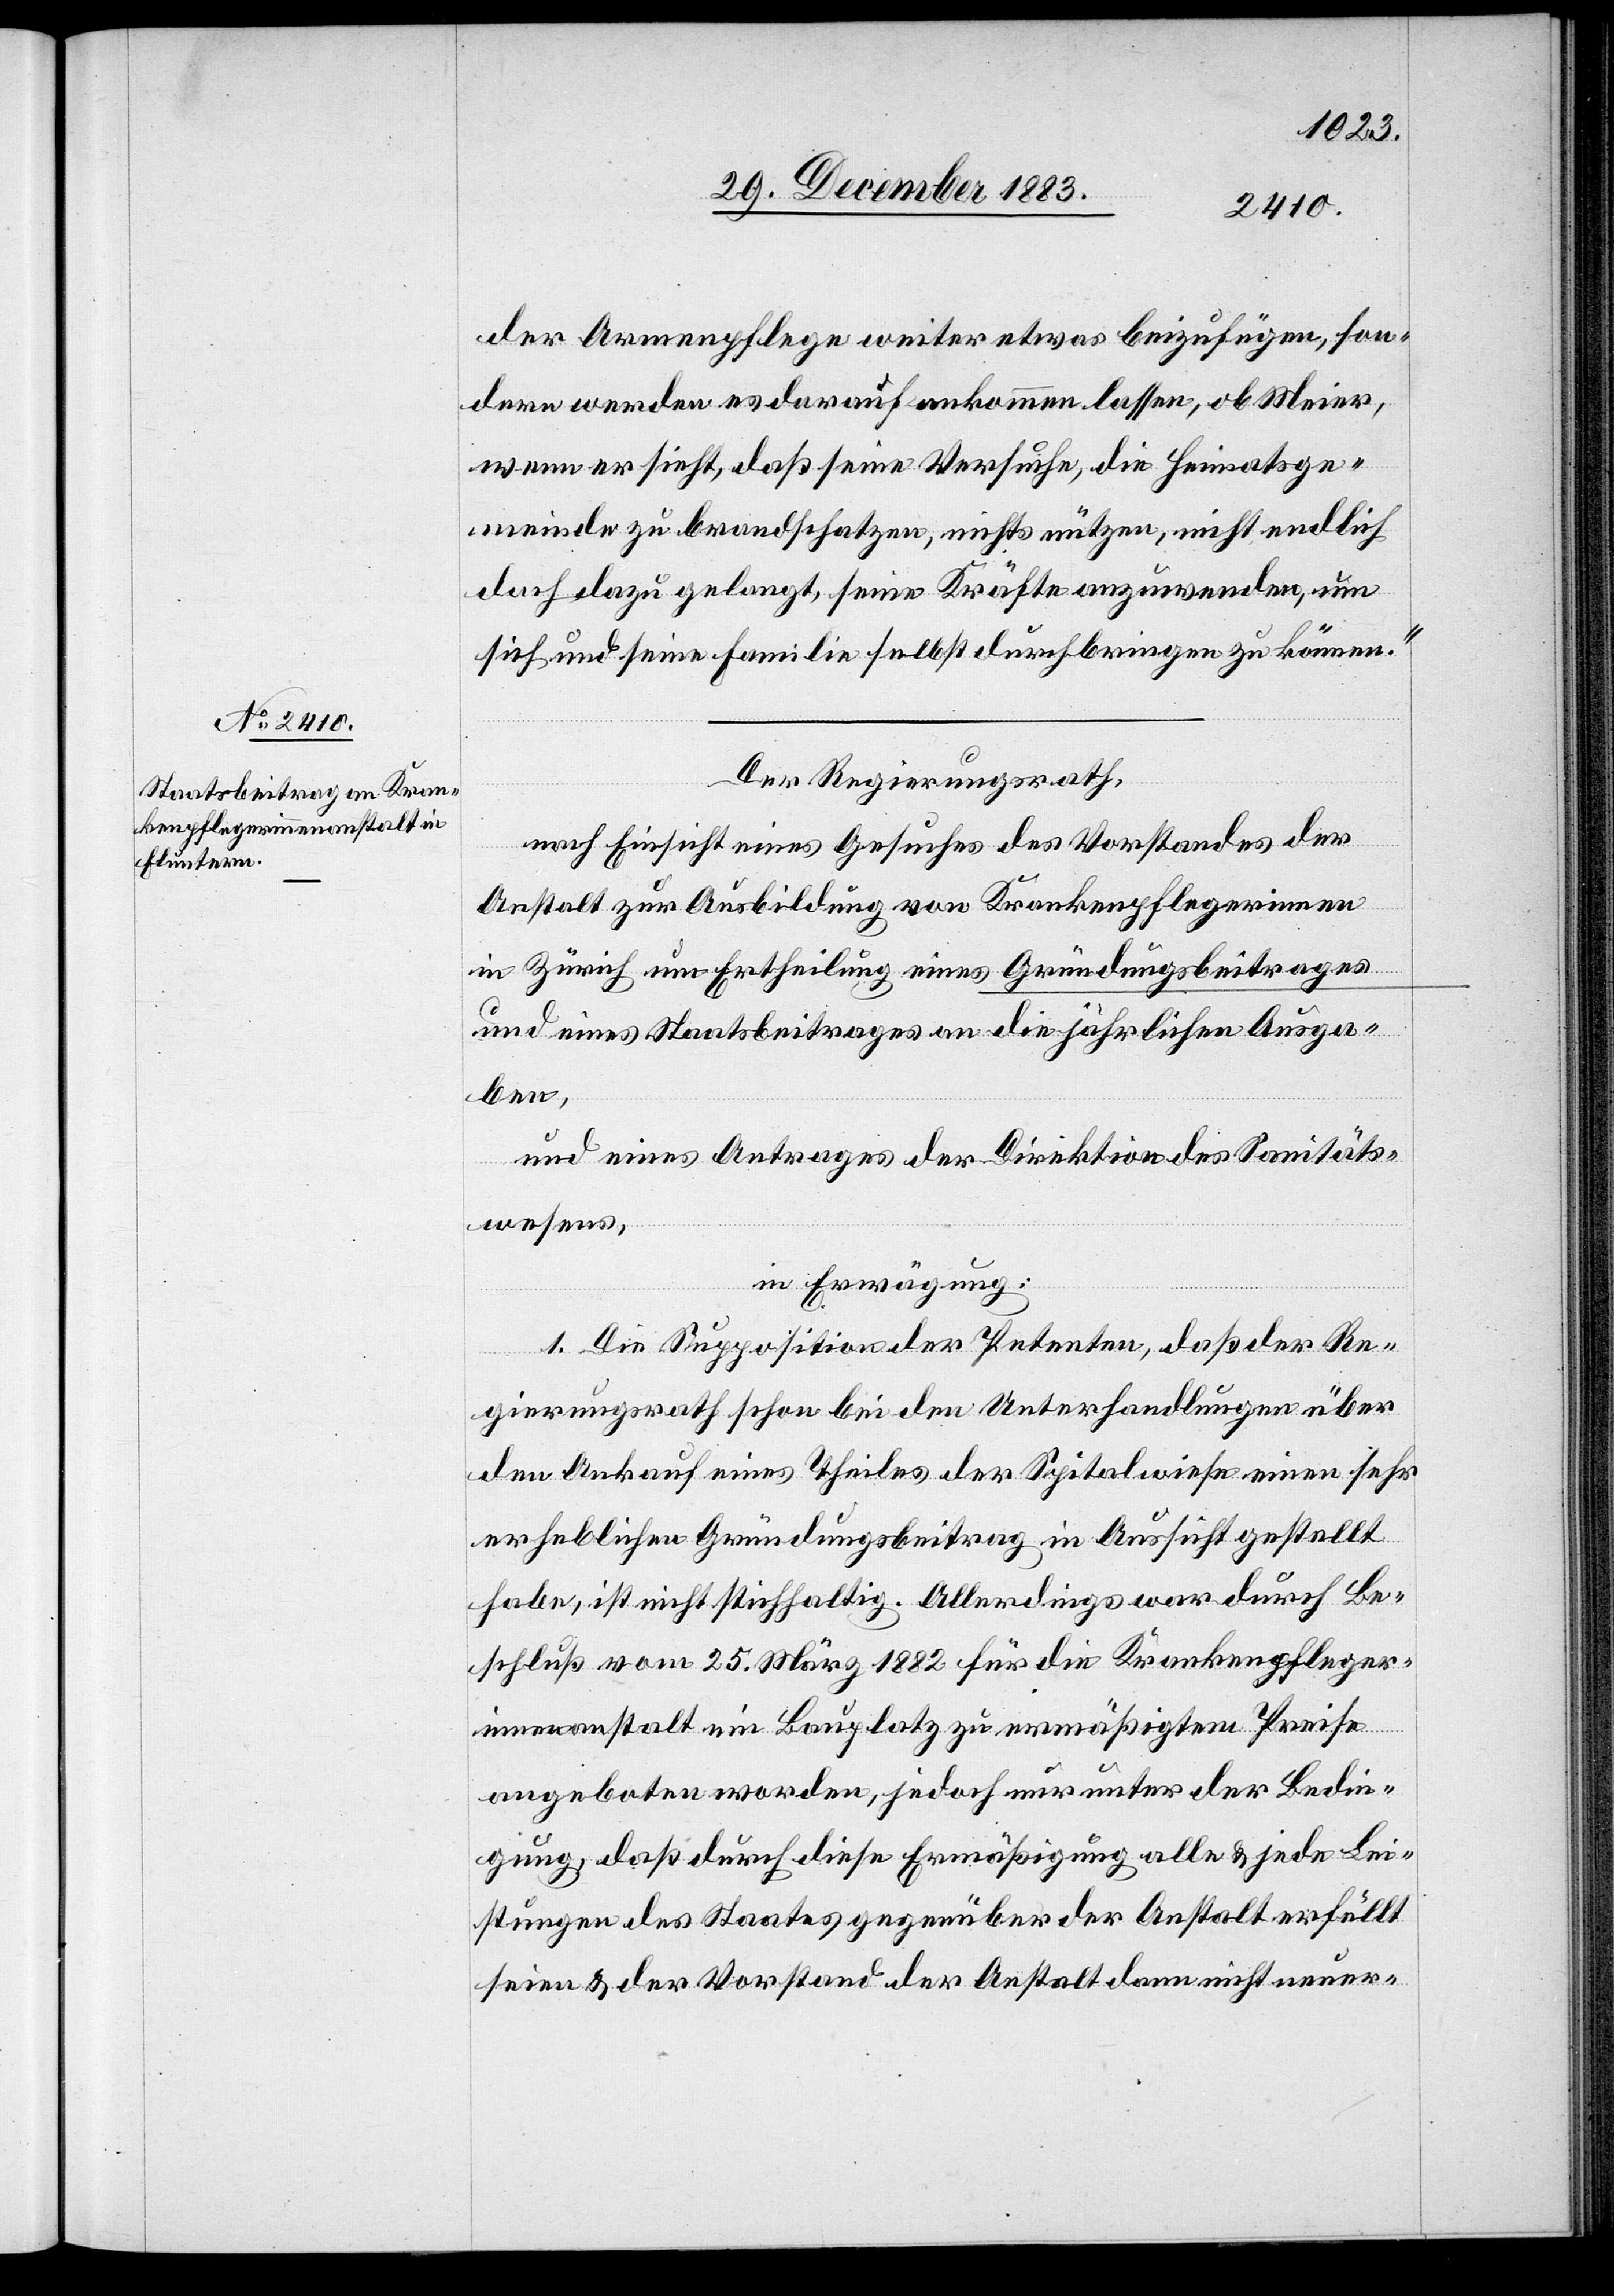
der Armenpflege weiter etwas beizufügen, son¬
dern werden es darauf ankommen lassen, ob Meier,
wenn er sieht, daß seine Versuche, die Heimatsge¬
meinde zu brandschatzen, nichts nützen, nicht endlich
doch dazu gelangt, seine Kräfte anzuwenden, um
sich und seine Familie selbst durchbringen zu können.“
Der Regierungsrath,
nach Einsicht eines Gesuches des Vorstandes der
Anstalt zur Ausbildung von Krankenpflegerinnen
in Zürich um Ertheilung eines Gründungsbeitrages
und eines Staatsbeitrages an die jährlichen Ausga¬
ben,
und eines Antrages der Direktion des Sanitäts¬
wesens,
in Erwägung:
1. Die Supposition der Petenten, daß der Re¬
gierungsrath schon bei den Unterhandlungen über
den Ankauf eines Theiles der Spitalwiese einen sehr
erheblichen Gründungsbeitrag in Aussicht gestellt
habe, ist nicht stichhaltig. Allerdings war durch Be¬
schluß vom 25. März 1882 für die Krankenpfleger¬
innenanstalt ein Bauplatz zu ermäßigtem Preise
angeboten worden, jedoch nur unter der Bedin¬
gung, daß durch diese Ermäßigung alle & jede Lei¬
stungen des Staates gegenüber der Anstalt erfüllt
seien & der Vorstand der Anstalt dann nicht neuer-